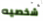
شخصيه